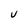
Character: U